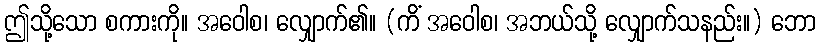
ဤသို့သော စကားကို။ အဝေါစ၊ လျှောက်၏။ (ကိံ အဝေါစ၊ အဘယ်သို့ လျှောက်သနည်း။) ဘော